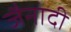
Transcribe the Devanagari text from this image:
जैनादी